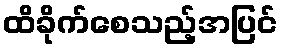
ထိခိုက်စေသည့်အပြင်